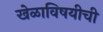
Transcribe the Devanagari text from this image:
खेळाविषयीची